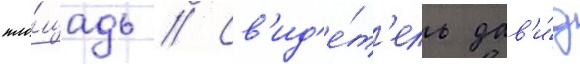
пло́щадь // Св'ид'е́т'ель дав'и́д